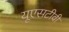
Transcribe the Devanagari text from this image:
यूएसटीवी